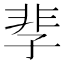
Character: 𩇫